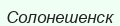
Солонешенск